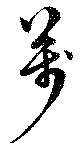
萬